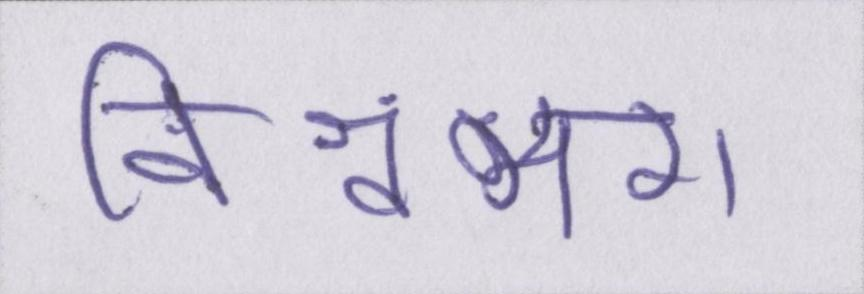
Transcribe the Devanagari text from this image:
विश्वंभरा